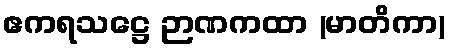
ဧကရသဋ္ဌေ ဉာဏကထာ (မာတိကာ)